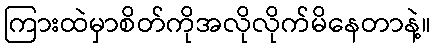
ကြားထဲမှာစိတ်ကိုအလိုလိုက်မိနေတာနဲ့။